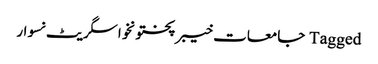
Tagged جامعات خیبرپختونخوا سگریٹ نسوار